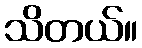
သိတယ်။